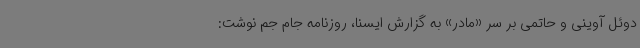
دوئل آوینی و حاتمی بر سر «مادر» به گزارش ایسنا، روزنامه جام جم نوشت: